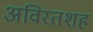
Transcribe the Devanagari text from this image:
अविरतशह